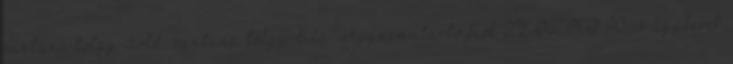
santana tölgy-zöld, santana tölgy-lila. Ágyneműtartó fiók TLOZKO 90-es ágykeret